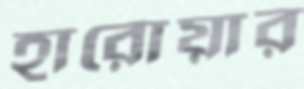
হারোয়ার